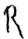
Text: R